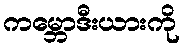
ကမ္ဘောဒီးယားကို